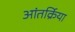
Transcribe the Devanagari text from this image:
आंतर्क्रिया